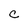
Character: C